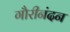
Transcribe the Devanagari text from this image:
गौरीनंदन